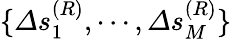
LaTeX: \{ \varDelta s_{1}^{(R)},\cdots,\varDelta s_{M}^{(R)}\}